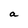
Character: a